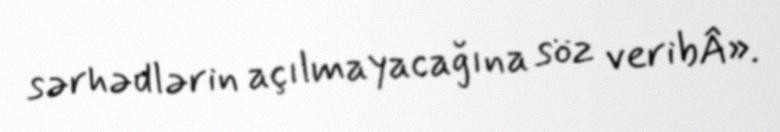
sərhədlərin açılmayacağına söz veribÂ».